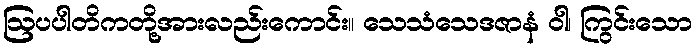
ဩပပါတိကတို့အားလည်းကောင်း။ သေသံသေဒဇာနံ ဝါ၊ ကြွင်းသော